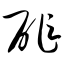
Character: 砟